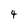
Character: 4